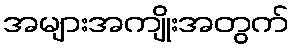
အများအကျိုးအတွက်